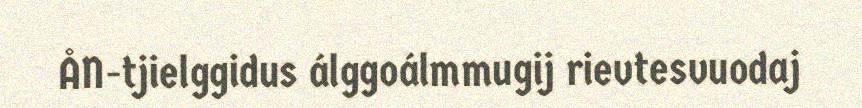
ÅN-tjielggidus álggoálmmugij rievtesvuodaj